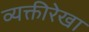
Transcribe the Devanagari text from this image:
व्यक्तीरेखा